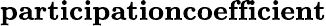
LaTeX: \textbf{participationcoefficient}